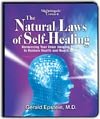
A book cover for The Natural Laws of Self-Healing; Gerald Epstein; Law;